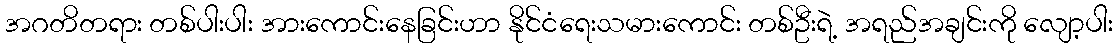
အဂတိတရား တစ်ပါးပါး အားကောင်းနေခြင်းဟာ နိုင်ငံရေးသမားကောင်း တစ်ဦးရဲ့ အရည်အချင်းကို လျော့ပါး